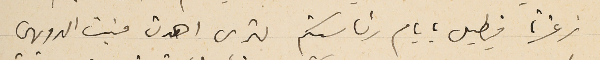
زغرتا فيطيل بايام رئاستكم لترى اهدن منبت الدويهي